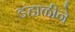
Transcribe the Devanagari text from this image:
डहाळीने